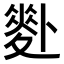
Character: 𠨉